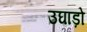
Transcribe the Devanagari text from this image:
उघाड़ो